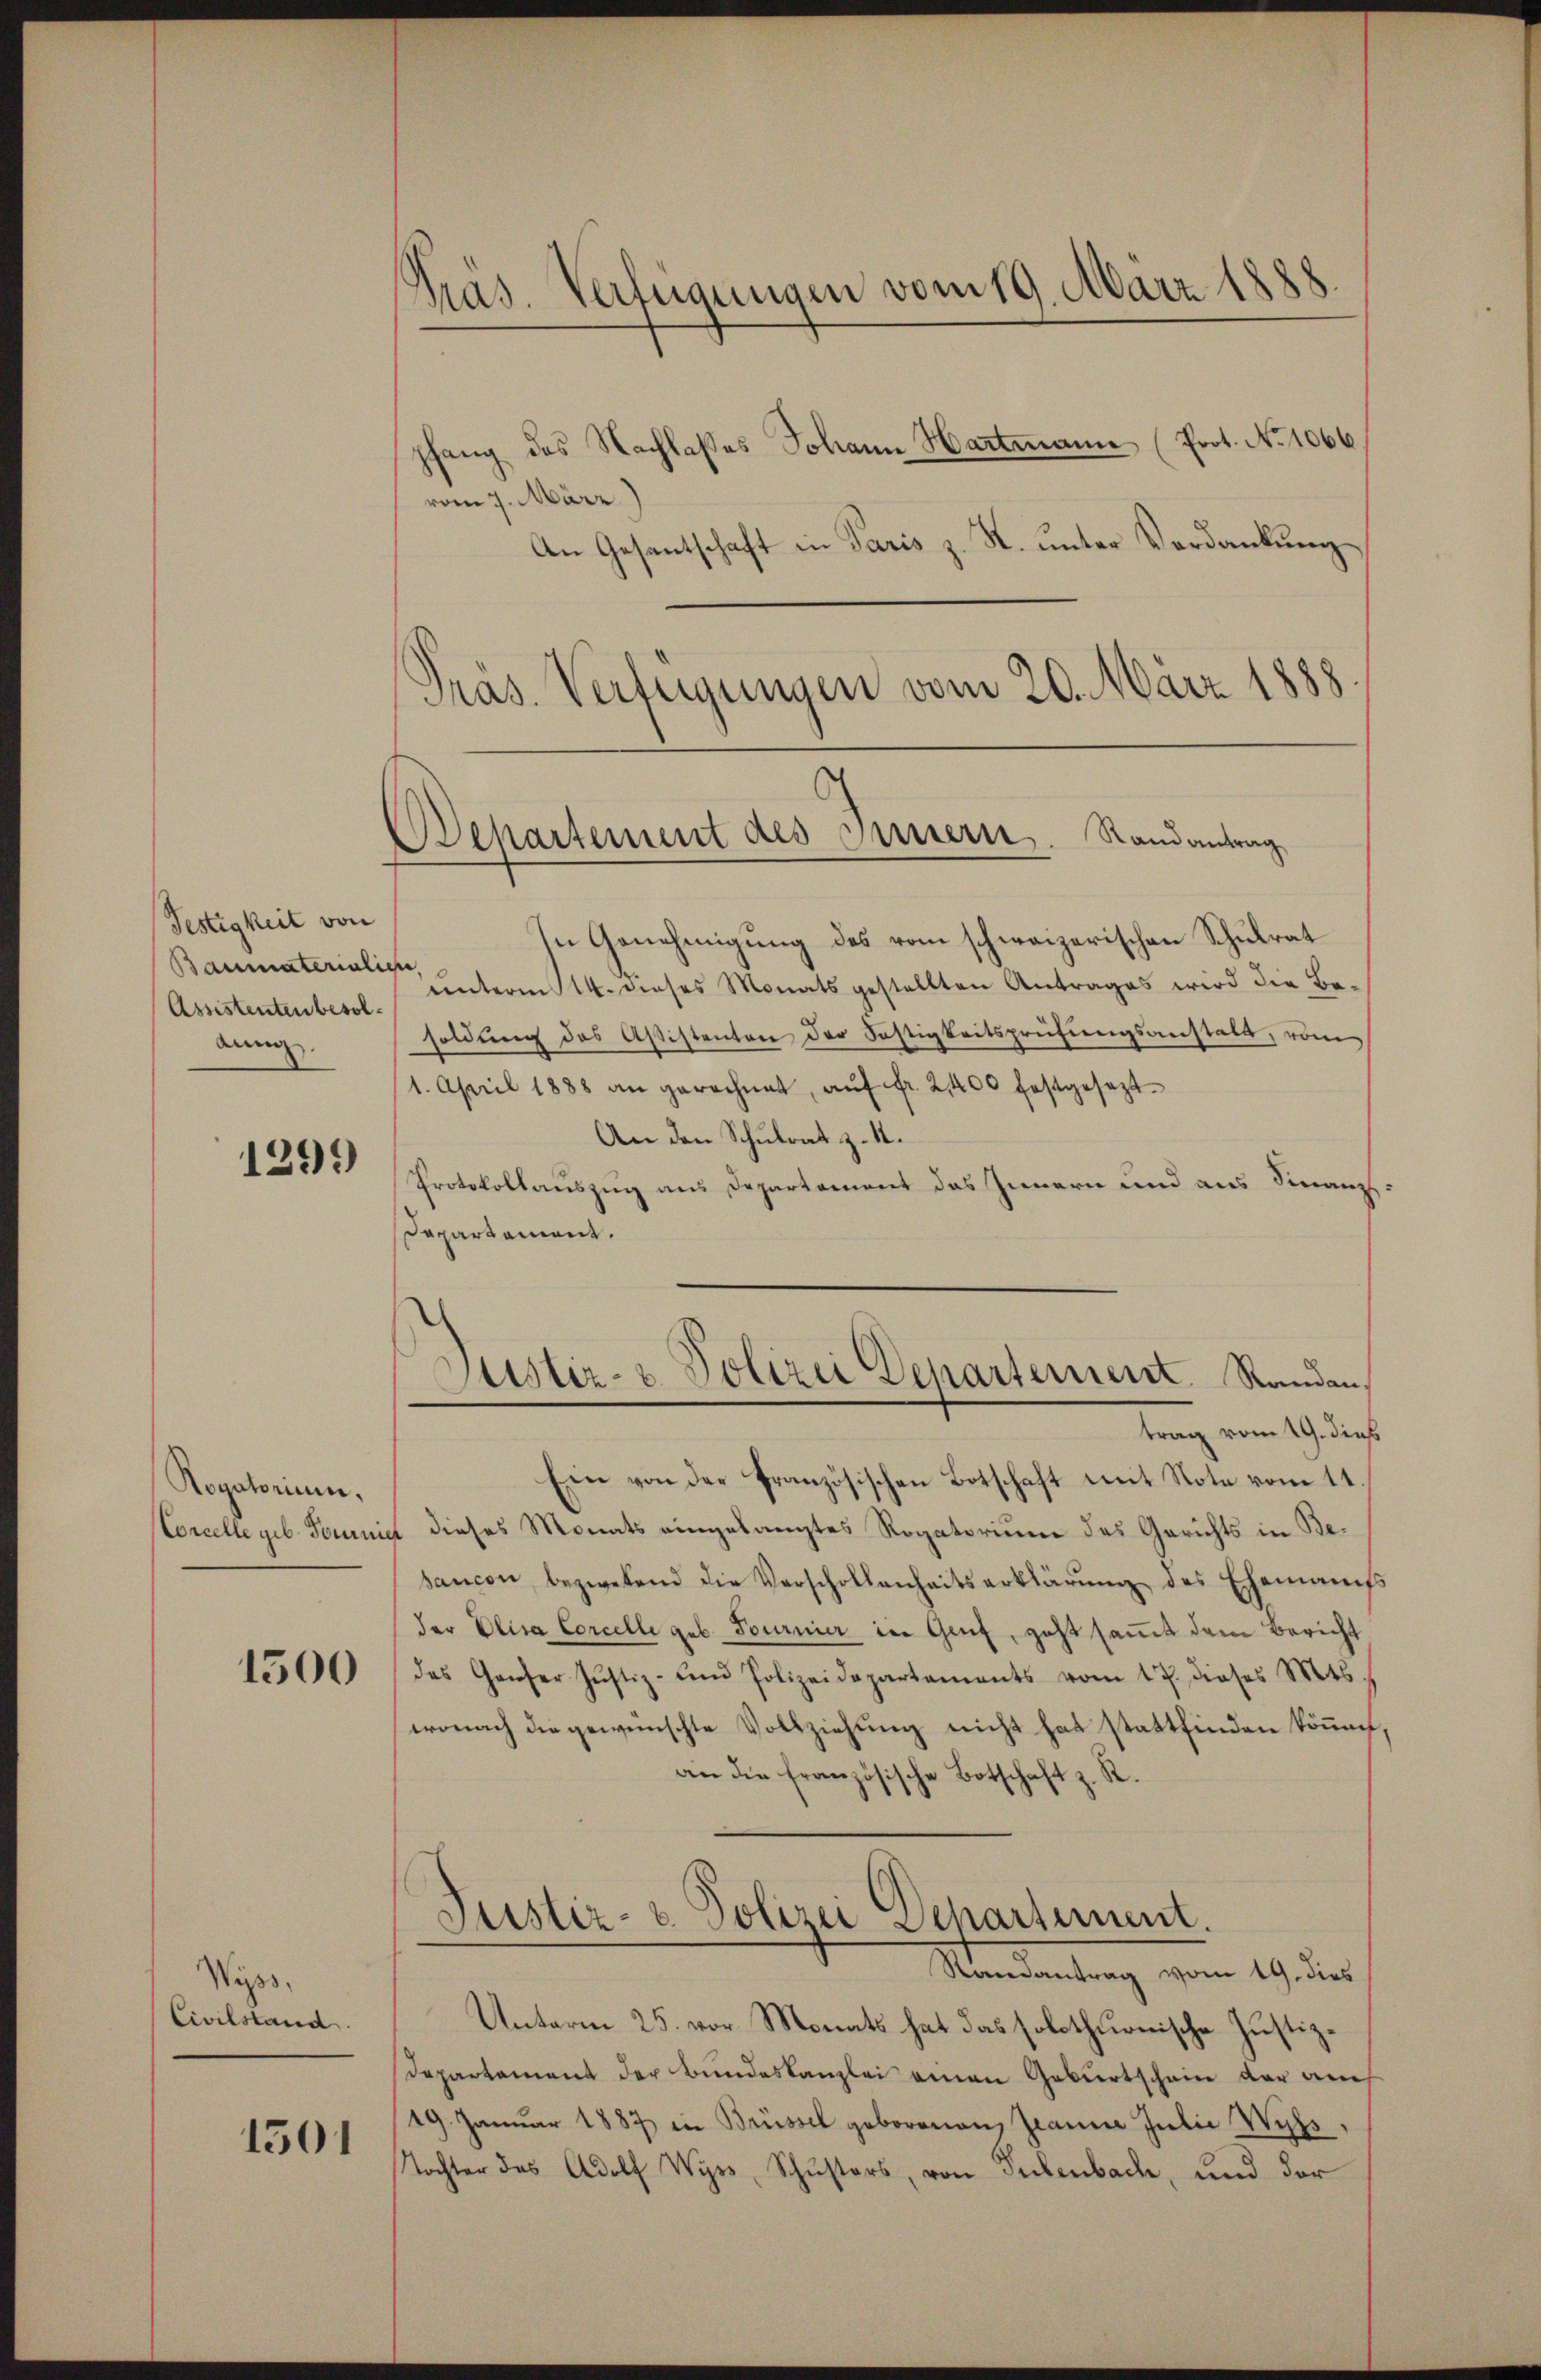
Festigkeit von
Baumateriali
Assistenten besoldung.

1299

Rogatorium,
Corcelle geb. Dominis

1500

Wyss,
Civilstand.

1501

Pras. Verfügungen vom 19. März 1888.
pfang des Nachlaßes Johann Hartmann (Prot. No 1066

vom 7. März)
An Gesantschaft in Paris z. K. unter Verdankung
Pras. Verfügungen vom 20. März 1888

In Genehmigung des vom schweizerischen Schulrat
e
unterm 14. dieses Monats gestellten Antrages wird die Besoldung des Aßistenten der Söstigkeitsprüfungsanstalt, vom
1. April 1888 an gerechnet, aŭf fr. 2400 festgesezt
An den Schulrat z. 1.
Protokollauszug aus Departement das Innern und aus Finanz-
Dapartament.
Ein von der Französischen Botschaft mit Note vom 11
1 dieses Monats eingelangtes Rogatorium des Gerichts in Besancen, bezwesend die Verschollenheitserklärŭng des Ehemanis
der Elisa Corcelle geb. Tournier in Genf, geht samt dem Bericht
das Ganzer Justiz- und Polizeidepartaments vom 17. dieses Mts.
wonach die gewünschte Vollziehung nicht hat stattfinden können,
an die französische Botschaft z. R.
Justiz- & Polizei Departement.
Randantrag vom 19. dies
Unterm 25. vor Monats hat das solothurnische Justiz¬
Departement der Bundeskanzlei einen Geburtschein der am
19. Janŭar 1887 in Brüssel geborenen Jeanne Julia Wihs,
Tochter des Adolf Wyss, Schŭsters, von Seelenbach, und der

Departement des Innern. Randantrag

Justiz- & Polizei Departement Randen,
trag vom 19. dieß